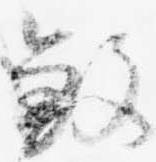
殺